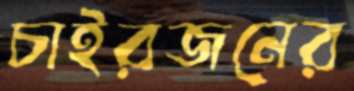
চাইরজনের